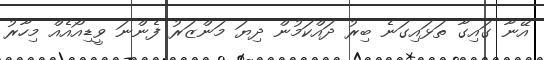
އޭނާ ގައިގާ ތަޅައިގަނެ ބިރު ދައްކަމުން ދިޔަ މަންޒަރު ފެންނަ ވީޑިއޯއެއް މިހާރު